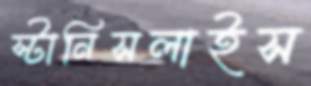
স্টানিসলাইস